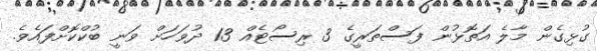
ގުޅިގެން މާލެ އަތޮޅުން ފަސްތަރީގެ 3 ރިސޯޓެއް 13 ދުވަހަށް ވަނީ ބުކްކޮށްފައެވެ.